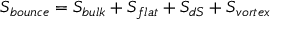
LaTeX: S _ { b o u n c e } = S _ { b u l k } + S _ { f l a t } + S _ { d S } + S _ { v o r t e x }